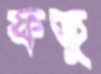
ফতু